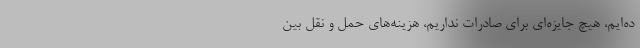
ده‌ایم، هیچ جایزه‌ای برای صادرات نداریم، هزینه‌های حمل و نقل بین‌